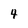
Character: 4